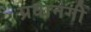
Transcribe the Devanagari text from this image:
प्रवानगी